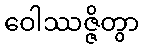
ဝေါဿဇ္ဇိတွာ